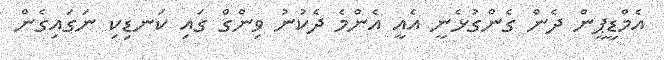
އެމްޑީޕީން ދެން ގެންގުޅެނީ އެއީ އެންމެ ދެކުނު ވިންގް ގައި ކަނޑިކި ނަގައިގެން